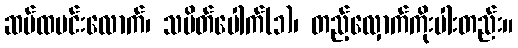
ဆပ်ထမင်းလောက်၊ သပိတ်ပေါက်(၁)၊ တည့်လှောက်ကိုးပါးတည်း။